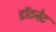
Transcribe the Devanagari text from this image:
डॉटनेट